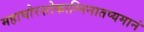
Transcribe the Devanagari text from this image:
महाघोरशोकाग्निनातप्यमानं